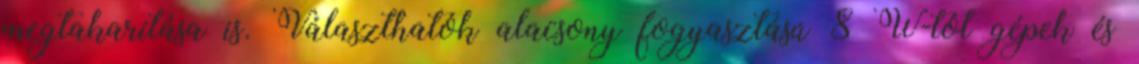
megtakarítása is. Választhatók alacsony fogyasztású 8 W-tól gépek és